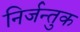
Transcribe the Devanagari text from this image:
निर्जन्तुक